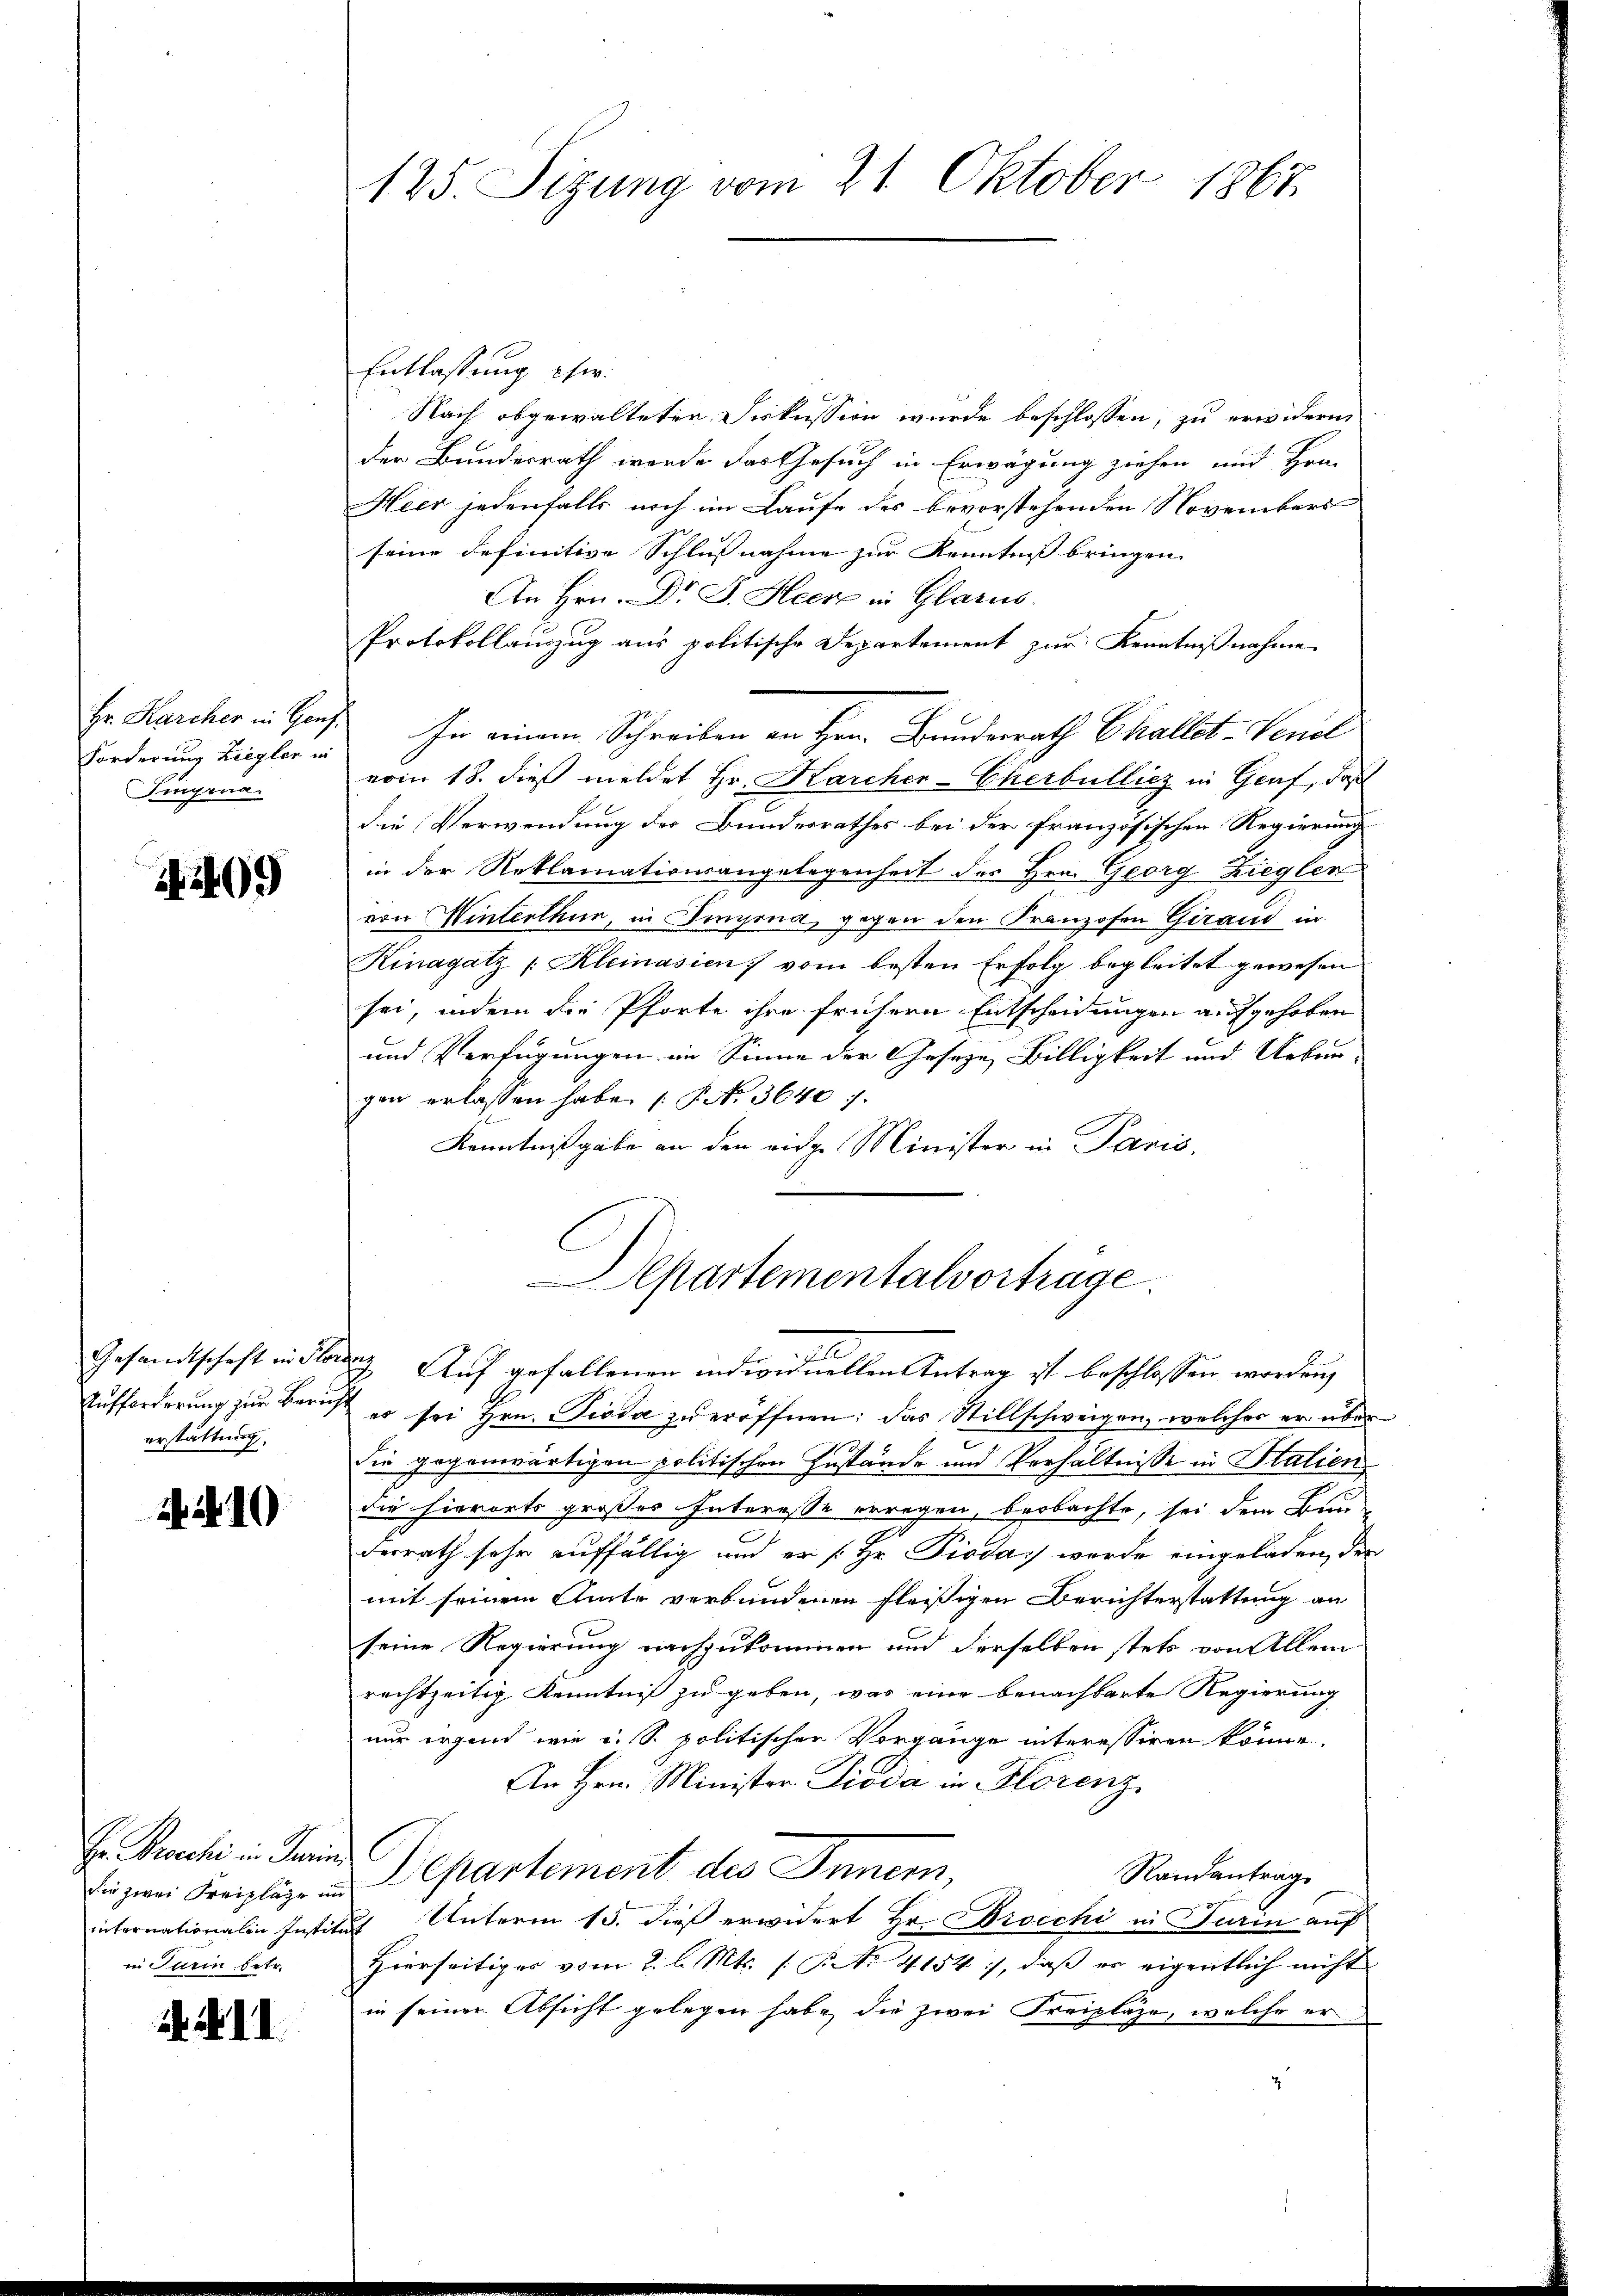
Hr. Karcher in Ganz
Forderung Liegler in
Fingena

1499

Gesandtschaft in Flor
Aufforderung zur Bern,
erstattung

. 10

Hr. Brocki in den
die zwei Freilage u
internationalen Instit
in Turin betr.

. F. II

125. Sizung vom 21. Oktober 1867

Entlassung eher
Nach abgewalteten Diskussion wurde beschlossen, zu erwidern,
der Bundesrath werde das Gesuch in Erwägung ziehen und Hrn.
Heer jedenfalls noch im Laufe des bevorstehenden Novembers
seine definitive Schlußnahme zur Kenntniß bringen.
An Hrn. Dr J. Heck in Glarus.
Protokollauszug aus politische Departement zur Kenntnißnahme
In einem Schreiben an Hrn. Bundesrath Challot-Venil
vom 18. dieß meldet Hr. Karcher-Cherbulliez in Genf, daß
die Verwendung der Bundesrathes bei der französischen Regierung
in der Reklamationsangelegenheit des Hrn. Georg Ziegler
von Winterthur, in Tinyona, gegen den Franzosen Girard in
Kinagatz /: Kleinasien vom besten Erfolg begleitet gewesen
sei, indem die Pforte ihre frühern Entscheidungen aufgehoben
und Verfügungen im Sinne der Geseze Billigkeit und Uebergen erlassen habe. (S. 36407.
Kenntnißgabe an den eige Minister in Paris,
Apartementalvortrage
 Auf gefallenen individuellen Antrag ist beschlossen worden,
es sei Hrn. Pioda zu eröffnen; das Stillschweigen, welcher er über
e
die gegenwärtigen politischen Zustände und Verhältnisse in Stalien
die hierorts großes Interesse erregen, beobachte, sei dem Bun-
desrath sehr auffällig und er [Hr. Pioda, wurde eingeladen, der
mit seinem Amte verbundenen fleißigen Berichterstattung an
seine Regierung nachzukommen und derselben stets von Allem
rechtzeitig Kenntniß zu geben, was eine benachbarte Regierung
nur irgend wie u. s. politischen Vorgange interessiren könne.
An Hrn. Minister Pioda in Florenz
Departement des Innern,
Randantrag
Auch Unterm 15. dieß erwidert Hr. Diocchi in Turin auf
Hierseitiges vom 2. l. Mts. (: P. Nr. 4154), daß er eigentlich nicht
in seiner Absicht gelegen habe, die zwei Freipläge, welche er
4